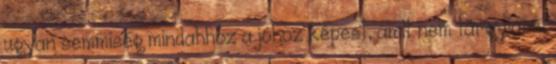
ugyan semmiség mindahhoz a jóhoz képest, amit nem tárgyiasul